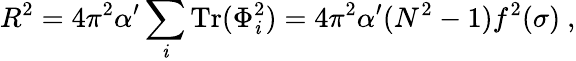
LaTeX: R^{2}={4\pi^{2}\alpha^{\prime}}\sum_{\mathit{i}}\mathrm{{Tr}}(\Phi_{\mathit{i}}^{2})={4\pi^{2}\alpha^{\prime}}(N^{2}-1)f^{2}(\sigma)\ ,